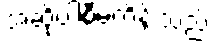
အဆိုပါစီမံကိန်းသည်